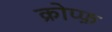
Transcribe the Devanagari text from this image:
क्रोप्फ़